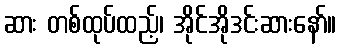
ဆား တစ်ထုပ်ထည့်၊ အိုင်အိုဒင်းဆားနော်။